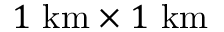
1 \ \mathrm { k m } \times 1 \ \mathrm { k m }